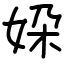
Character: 㛆